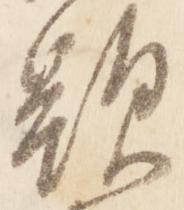
顕